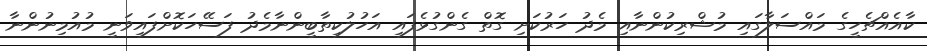
ކާއެއްޗެހީގެ މައްސަލާގައި މުޝްރިކުންނާއި މެދު ހަރުކަށި ގޮތް ގެންގުޅެފައި އަހުލުކިތާބީންނާމެދު ފަސޭހަކޮށްފައިވަނީ މުއުމިނުންނާ